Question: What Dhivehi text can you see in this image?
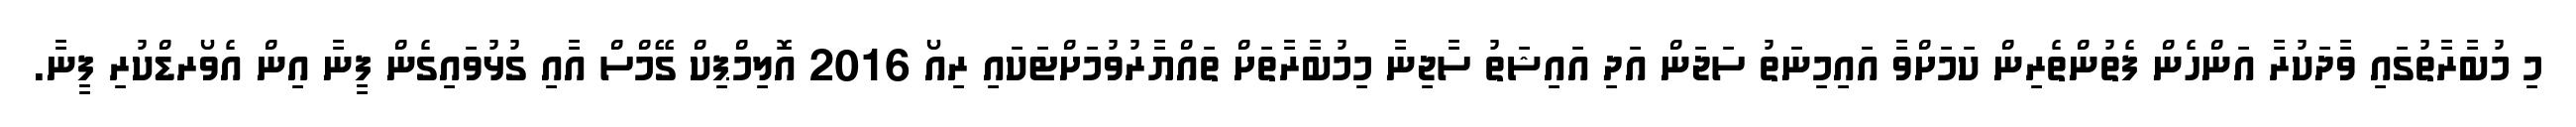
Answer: މި މުބާރާތުގައި ވާދަކުރާ އަންހެން ފެތުންތެރިން ކަމަށްވާ އައިމިނަތު ސަޖަން އަދި އައިޝަތު ސާޖިނާ މިމުބާރާތަށް ތައްޔާރުވުމަށްޓަކައި ރިއޯ 2016 އޮލިމްޕިކް ގޭމްސް އާއި ގުޅުވައިގެން ފީނާ އިން އެވޯރޑްކުރި ފީނާ.